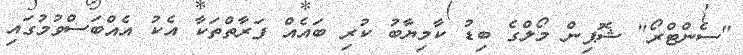
"ސެންޓްރޯ" ޝޮޕިން މޯލްގެ ބިޑު ކާމިޔާބު ކުރި ބައެއް ފަރާތްތަކާ އެކު އެއްބަސްވުމުގައި